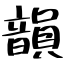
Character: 韻